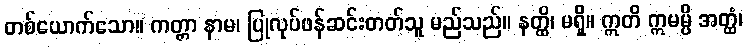
တစ်ယောက်သော။ ကတ္တာ နာမ၊ ပြုလုပ်ဖန်ဆင်းတတ်သူ မည်သည်။ နတ္ထိ၊ မရှိ။ ဣတိ ဣမမ္ပိ အတ္ထံ၊